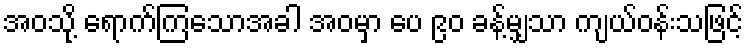
အဝသို့ ရောက်ကြသောအခါ အဝမှာ ပေ ၉၀ ခန့်မျှသာ ကျယ်ဝန်းသဖြင့်